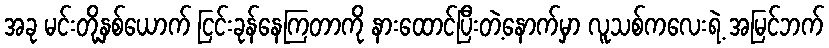
အခု မင်းတို့နှစ်ယောက် ငြင်းခုန်နေကြတာကို နားထောင်ပြီးတဲ့နောက်မှာ လူသစ်ကလေးရဲ့ အမြင်ဘက်